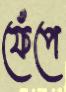
ফেঁপে